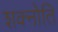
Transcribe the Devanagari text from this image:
शक्नोति